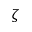
\boldsymbol { \zeta }